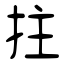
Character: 拄